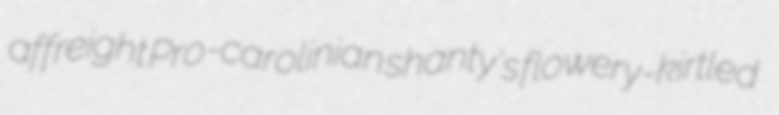
affreight Pro-carolinian shanty's flowery-kirtled